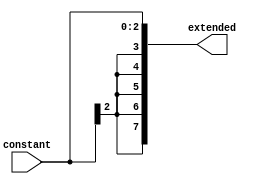
`timescale 1ns / 1ps
//////////////////////////////////////////////////////////////////////////////////
// Company: 
// Engineer: 
// 
// Design Name: 
// Module Name: sign_extend
// Project Name: 
// Target Devices: 
// Tool Versions: 
// Description: 
// 
// Dependencies: 
// 
// Revision:
// Revision 0.01 - File Created
// Additional Comments:
// 
//////////////////////////////////////////////////////////////////////////////////


module sign_extend(
    input [2:0] constant,
    output reg [7:0] extended
    );
    
    always@(*)
    begin
    extended <= { {5{constant[2]}}, constant[2:0]};
    end
    
endmodule